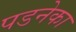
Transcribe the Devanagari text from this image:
पडनेका